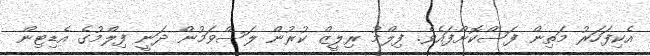
އެކިފަހަރު މަތިން ފަސްކޮށްފައެވެ. ފިލްމު ރިލީޒް ކުރުން ލަސްވަމުން ދަނީ ފިލްމުގެ އެޑިޓިން